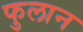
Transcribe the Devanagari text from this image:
फुलान